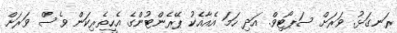
ރަނގަޅު. ވަރަށް ސަޕޯޓިވް. އަދި ހަމަ އެއާއެކު ޕޭރެންޓުންގެ އެހީތެރިކަން ވެސް ވަރަށް